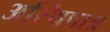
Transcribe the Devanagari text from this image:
अस्थिपात्र